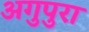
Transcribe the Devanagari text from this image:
अगुपुरा